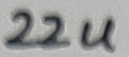
Text: 22u